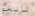
تانغو